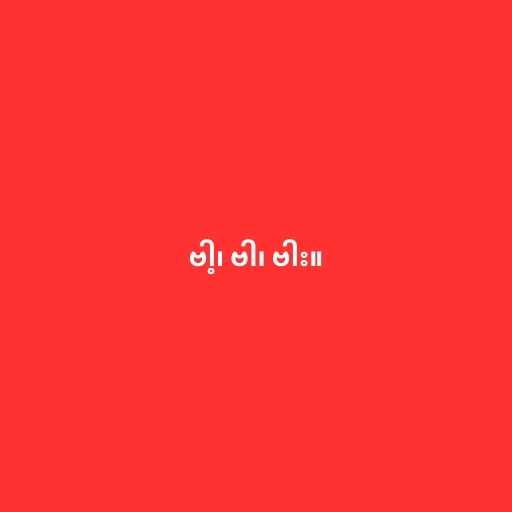
ဗါ့၊ ဗါ၊ ဗါး။